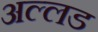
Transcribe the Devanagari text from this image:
अल्लड